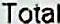
TOTAL